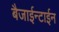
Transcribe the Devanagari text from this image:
बैजाईन्टाईन